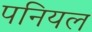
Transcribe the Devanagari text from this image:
पनियल